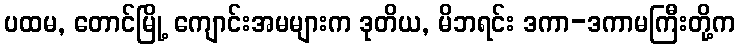
ပထမ, တောင်မြို့ ကျောင်းအမများက ဒုတိယ, မိဘရင်း ဒကာ-ဒကာမကြီးတို့က